Leaving Certificate Examination (including Day School Certificate (Higher) General paper), 1939
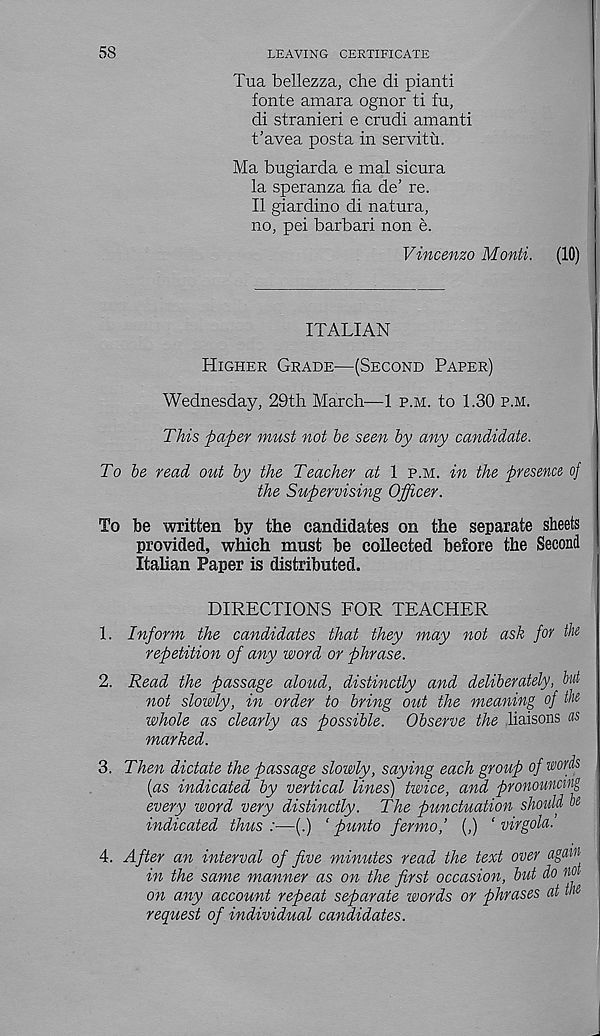
58
LEAVING CERTIFICATE
Tua bellezza, che di pianti
fonte amara ognor ti fu,
di stranieri e crudi amanti
t’avea posta in servitu.
Ma bugiarda e mal sicura
la speranza fia de’ re.
II giardino di natura,
no, pei barbari non e.
Vincenzo Monti.
(10)
ITALIAN
Higher Grade—(Second Paper)
Wednesday, 29th March—1 p.m. to 1.30 p.m.
This paper must not be seen by any candidate.
To be read out by the Teacher at 1 p.m. in the presence of
the Supervising Officer.
To be written by the candidates on the separate sheets
provided, which must be collected before the Second
Italian Paper is distributed.
DIRECTIONS FOR TEACHER
1. Inform the candidates that they may not ask for the
repetition of any word or phrase.
2. Read the passage aloud, distinctly and deliberately, hut
not slowly, in order to bring out the meaning of the
whole as clearly as possible. Observe the liaisons us
marked.
3. Then dictate the passage slowly, saying each group of words
(as indicated by vertical lines) twice, and pronouncing
every word very distinctly. The punctuation should he
indicated thus :—(.) ‘ punto fermo,’ (,) ‘ virgola.
4. After an interval of five minutes read the text over _
in the same manner as on the first occasion, but do not
on any account repeat separate words or phrases at the
request of individual candidates.